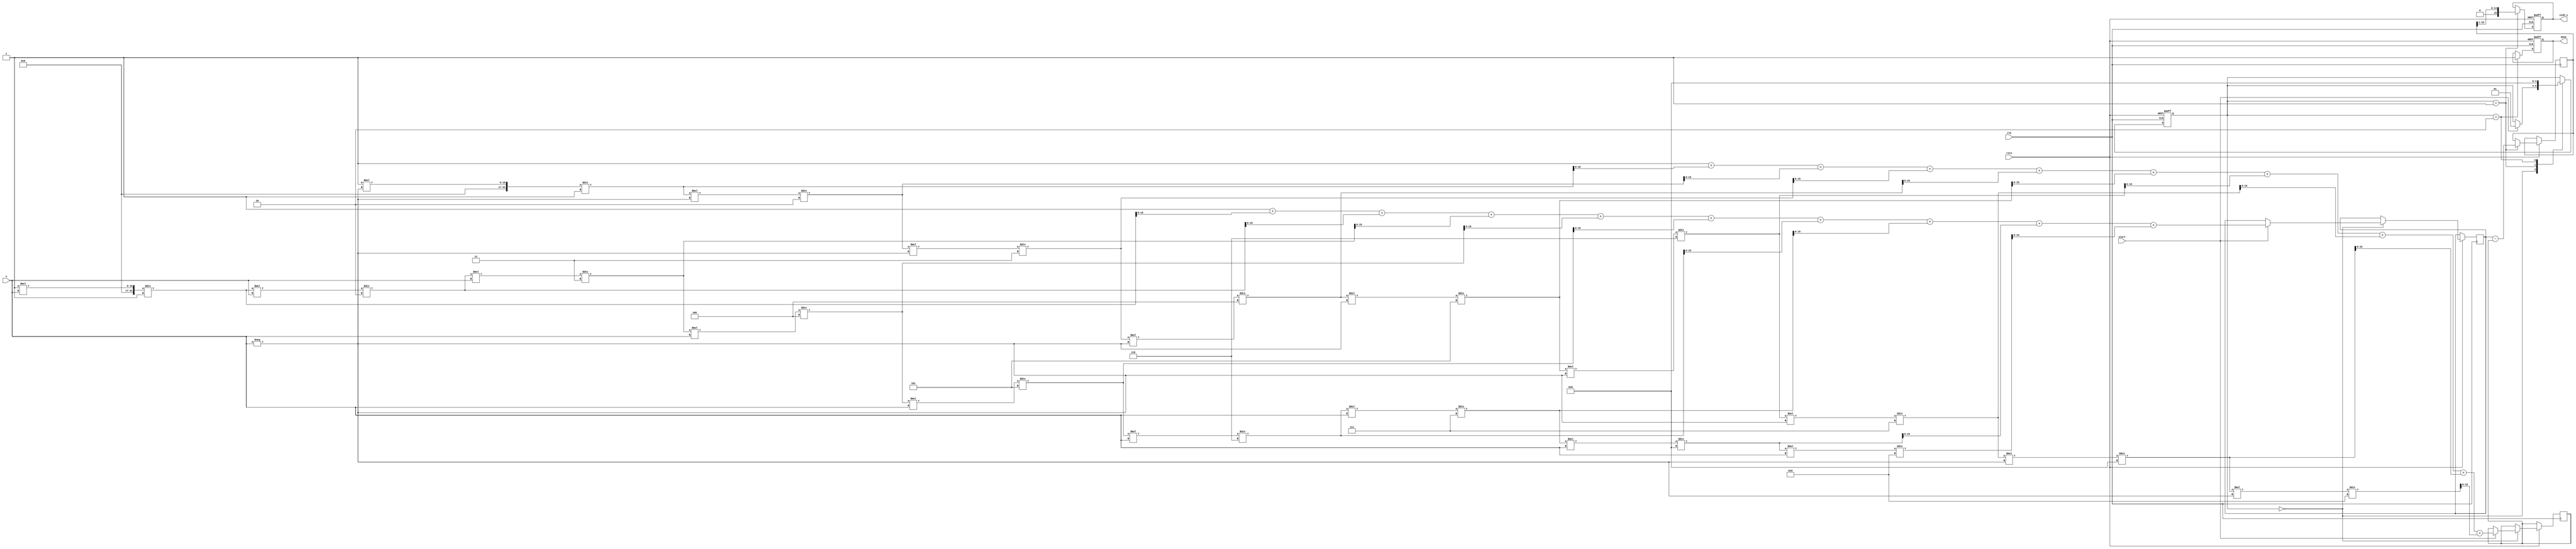
module sinh_block (
    input wire clk,               // Clock input
    input wire rstn,             // Active low reset
    input wire [15:0] x,         // Input x (fixed-point representation)
    input wire start,            // Signal to start computation
    output reg [15:0] sinh_x,    // Output sinh(x)
    output reg done              // Signal to indicate computation is done
);

    // Internal signals
    reg [15:0] exp_x;            // e^x
    reg [15:0] exp_neg_x;        // e^(-x)
    reg [15:0] exp_diff;         // e^x - e^(-x)
    reg [1:0] state;             // FSM state
    parameter IDLE = 2'b00, COMPUTE = 2'b01, DONE = 2'b10;

    // Simple function to compute e^x using Taylor series approximation
    function [15:0] exp_taylor(input [15:0] x);
        integer i;
        reg [31:0] term;
        reg [31:0] sum;
        begin
            sum = 32'b1; // Start with the 0th term (1)
            term = 32'b1; // First term is x^0 / 0! = 1

            for (i = 1; i < 10; i = i + 1) begin
                term = (term * x) / i; // x^i / i!
                sum = sum + term; // Add the term to sum
            end
            exp_taylor = sum[15:0]; // Return the result as 16-bit
        end
    endfunction

    // State machine for computation
    always @(posedge clk or negedge rstn) begin
        if (!rstn) begin
            state <= IDLE;
            sinh_x <= 16'b0;
            done <= 1'b0;
        end else begin
            case (state)
                IDLE: begin
                    if (start) begin
                        exp_x <= exp_taylor(x); // compute e^x
                        exp_neg_x <= exp_taylor(-x); // compute e^(-x)
                        state <= COMPUTE;
                    end
                end
                COMPUTE: begin
                    exp_diff <= exp_x - exp_neg_x; // e^x - e^(-x)
                    sinh_x <= exp_diff >> 1; // Divide by 2
                    state <= DONE;
                end
                DONE: begin
                    done <= 1'b1; // Computation done
                    state <= IDLE; // Go back to idle
                end
            endcase
        end
    end
endmodule